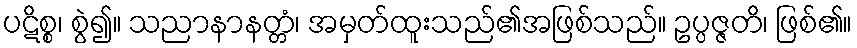
ပဋိစ္စ၊ စွဲ၍။ သညာနာနတ္တံ၊ အမှတ်ထူးသည်၏အဖြစ်သည်။ ဥပ္ပဇ္ဇတိ၊ ဖြစ်၏။